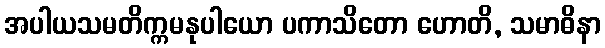
အပါယသမတိက္ကမနုပါယော ပကာသိတော ဟောတိ, သမာဓိနာ